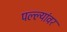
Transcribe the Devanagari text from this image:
पल्ल्यांवर